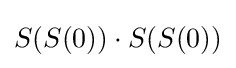
S(S(0))\cdot S(S(0))